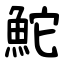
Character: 鮀